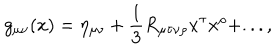
g _ { \mu \nu } ( x ) = \eta _ { \mu \nu } + \frac 1 3 R _ { \mu \tau \nu \rho } x ^ { \tau } x ^ { \rho } + . . . ,